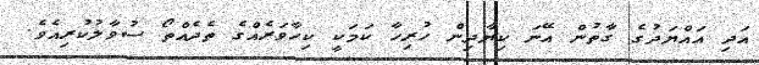
އަދި އައްޔަދުގެ ގާތުން އޭނަ ކިޔާދިން ހުރިހާ ކަމަކީ ކިހާވަރެއްގެ ތެދެއްތޯ ސުވާލުކުރިއެވެ.